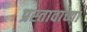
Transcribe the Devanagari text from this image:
प्रस्तावाच्या